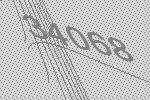
34068